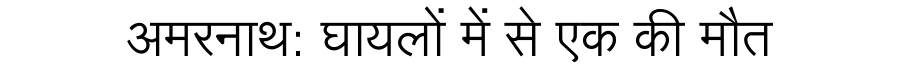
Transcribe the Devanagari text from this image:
अमरनाथ: घायलों में से एक की मौत